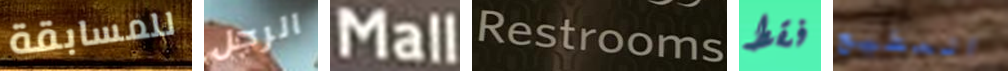
للمسابقة الرجل Mall Restrooms فقط المطيع